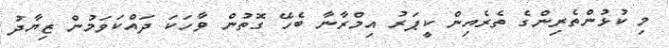
މި ކުޅުންތެރިންގެ ތެރެއިން ކީޕަރު އިމްރާނާ ބެހޭ ގޮތުން ވާހަކަ ދައްކަވަމުން ޒިޔާދު